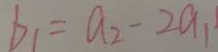
b _ { 1 } = a _ { 2 } - 2 a _ { 1 }